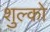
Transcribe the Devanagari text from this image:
शुल्को